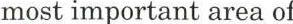
most important area of